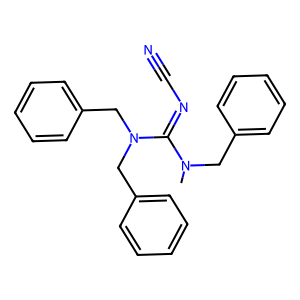
SMILES: CN(Cc1ccccc1)C(=NC#N)N(Cc1ccccc1)Cc1ccccc1
Inhibits HIV replication: No